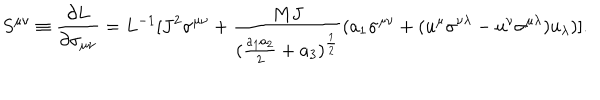
S ^ { \mu \nu } \equiv { \frac { \partial L } { \partial \sigma _ { \mu \nu } } } = L ^ { - 1 } [ J ^ { 2 } \sigma ^ { \mu \nu } + { \frac { M J } { { ( { \frac { a _ { 1 } a _ { 2 } } { 2 } } + a _ { 3 } } ) ^ { \frac { 1 } { 2 } } } } ( a _ { 1 } \sigma ^ { \mu \nu } + ( u ^ { \mu } \sigma ^ { \nu \lambda } - u ^ { \nu } \sigma ^ { \mu \lambda } ) u _ { \lambda } ) ] .